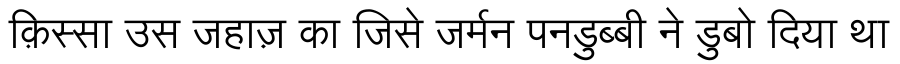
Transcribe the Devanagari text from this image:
क़िस्सा उस जहाज़ का जिसे जर्मन पनडुब्बी ने डुबो दिया था